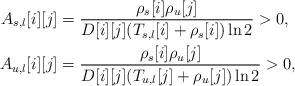
LaTeX: \begin{align*}A_{s,l}[i][j] &= \frac{\rho_s[i]\rho_u[j]}{D[i][j](T_{s,l}[i]+\rho_s[i])\ln2}> 0, \\A_{u,l}[i][j] &= \frac{\rho_s[i]\rho_u[j]}{D[i][j](T_{u,l}[j]+\rho_u[j])\ln2}> 0,\end{align*}